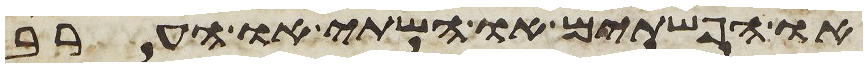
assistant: או הפשתים או השתי או הערב